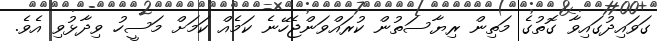
ގަވައިދުގައިވާ ގޮތުގެ މަތިން ރިޔާސަތުން ކުރައްވަންޖެހޭނެ ކަމެއް ކަމަށް މަސީހު ވިދާޅުވި އެވެ.